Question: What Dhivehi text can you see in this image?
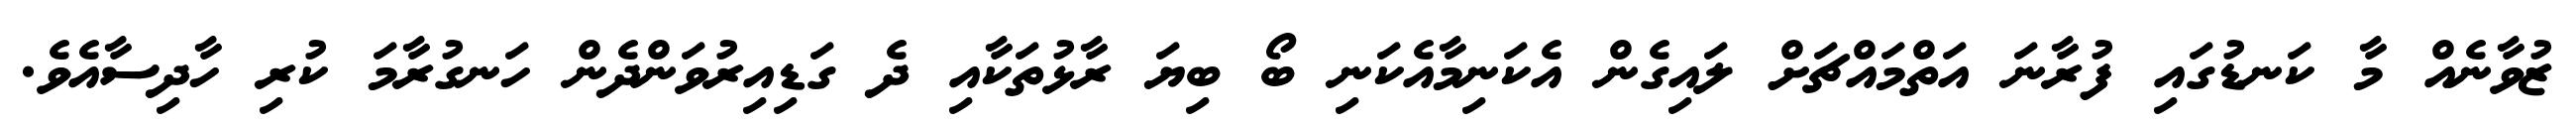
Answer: ޒުވާނެއް މާ ކަނޑުގައި ފުރާނަ އަތްމައްޗަށް ލައިގެން އެކަނިމާއެކަނި ބޯ ބިޔަ ރާޅުތަކާއި ދެ ގަޑިއިރުވަންދެން ހަނގުރާމަ ކުރި ހާދިސާއެވެ.